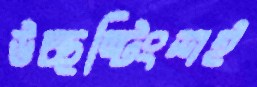
উচ্ছষ্টিংশই